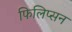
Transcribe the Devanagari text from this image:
फिलिप्सन